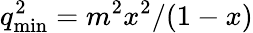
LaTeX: q_{\mathrm{min}}^{2}=m^{2}x^{2}/(1-x)